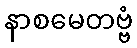
နာစမေတဗ္ဗံ